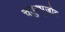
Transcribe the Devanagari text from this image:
चतुरभुजोत